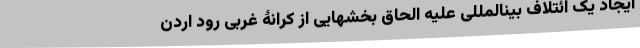
ایجاد یک ائتلاف بینالمللی علیه الحاق بخشهایی از کرانۀ غربی رود اردن